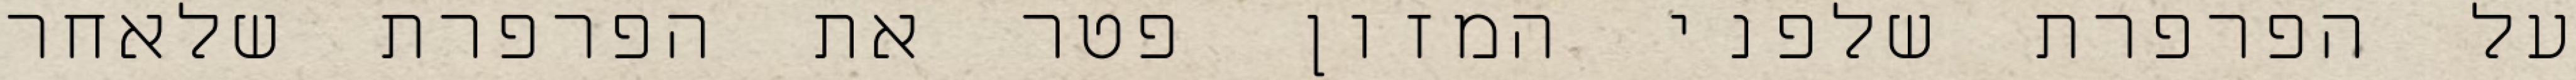
על הפרפרת שלפני המזון פטר את הפרפרת שלאחר